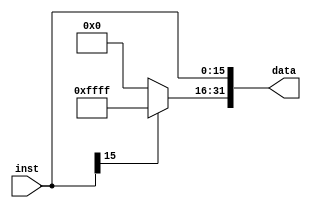
`timescale 1ns / 1ps
//////////////////////////////////////////////////////////////////////////////////
// Company: 
// Engineer: 
// 
// Design Name: 
// Module Name:    signext 
// Project Name: 
// Target Devices: 
// Tool versions: 
// Description: 
//
// Dependencies: 
//
// Revision: 
// Revision 0.01 - File Created
// Additional Comments: 
//
//////////////////////////////////////////////////////////////////////////////////
module signext(
		input [15:0] inst,
		output reg [31:0] data
    );
	 
	 parameter reg[15:0] tmp = 65535;
	 always @(inst or data)
	 begin
		if(inst[15]==0)
			data = inst;
		else
			begin
			data[31:16] <= tmp[15:0];
			data[15:0] <= inst[15:0];
			end
	 end
endmodule